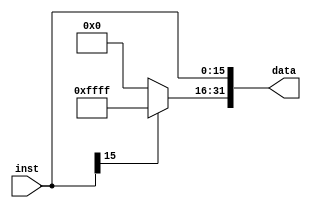
`timescale 1ns / 1ps
//////////////////////////////////////////////////////////////////////////////////
// Company: 
// Engineer: 
// 
// Design Name: 
// Module Name:    signext 
// Project Name: 
// Target Devices: 
// Tool versions: 
// Description: 
//
// Dependencies: 
//
// Revision: 
// Revision 0.01 - File Created
// Additional Comments: 
//
//////////////////////////////////////////////////////////////////////////////////
module signext(
		input [15:0] inst,
		output reg [31:0] data
    );
	 
	 parameter reg[15:0] tmp = 65535;
	 always @(inst or data)
	 begin
		if(inst[15]==0)
			data = inst;
		else
			begin
			data[31:16] <= tmp[15:0];
			data[15:0] <= inst[15:0];
			end
	 end
endmodule